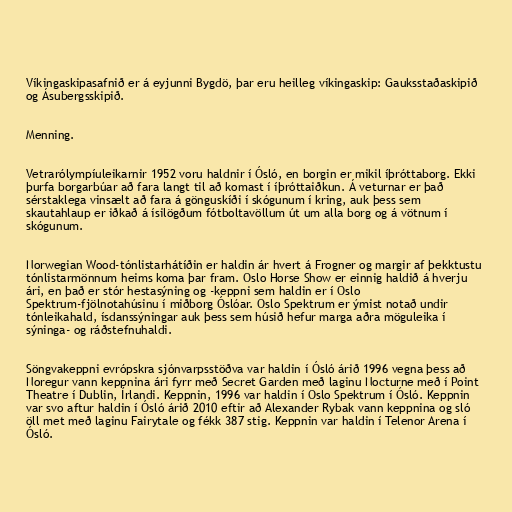
Víkingaskipasafnið er á eyjunni Bygdö, þar eru heilleg víkingaskip: Gauksstaðaskipið
og Ásubergsskipið.

Menning.

Vetrarólympíuleikarnir 1952 voru haldnir í Ósló, en borgin er mikil íþróttaborg. Ekki
þurfa borgarbúar að fara langt til að komast í íþróttaiðkun. Á veturnar er það
sérstaklega vinsælt að fara á gönguskíði í skógunum í kring, auk þess sem
skautahlaup er iðkað á ísilögðum fótboltavöllum út um alla borg og á vötnum í
skógunum.

Norwegian Wood-tónlistarhátíðin er haldin ár hvert á Frogner og margir af þekktustu
tónlistarmönnum heims koma þar fram. Oslo Horse Show er einnig haldið á hverju
ári, en það er stór hestasýning og -keppni sem haldin er í Oslo
Spektrum-fjölnotahúsinu í miðborg Óslóar. Oslo Spektrum er ýmist notað undir
tónleikahald, ísdanssýningar auk þess sem húsið hefur marga aðra möguleika í
sýninga- og ráðstefnuhaldi.

Söngvakeppni evrópskra sjónvarpsstöðva var haldin í Ósló árið 1996 vegna þess að
Noregur vann keppnina ári fyrr með Secret Garden með laginu Nocturne með í Point
Theatre í Dublin, Írlandi. Keppnin, 1996 var haldin í Oslo Spektrum í Ósló. Keppnin
var svo aftur haldin í Ósló árið 2010 eftir að Alexander Rybak vann keppnina og sló
öll met með laginu Fairytale og fékk 387 stig. Keppnin var haldin í Telenor Arena í
Ósló.